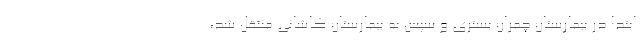
ابتدا در بیمارستان چمران بستری و سپس به بیمارستان کاشانی منتقل شد،